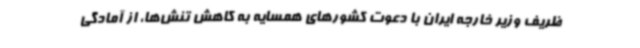
ظریف وزیر خارجه ایران با دعوت کشورهای همسایه به کاهش تنش‌ها، از آمادگی